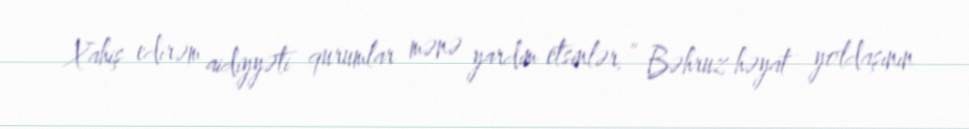
Xahiş edirəm aidiyyəti qurumlar mənə yardım etsinlər.” Bəhruz həyat yoldaşının